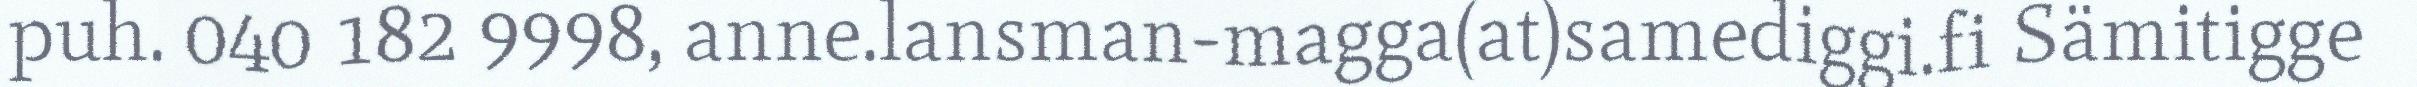
puh. 040 182 9998, anne.lansman-magga(at)samediggi.fi Sämitigge